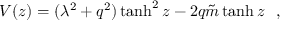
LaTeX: V ( z ) = ( \lambda ^ { 2 } + q ^ { 2 } ) \operatorname { t a n h } ^ { 2 } z - 2 q { \tilde { m } } \operatorname { t a n h } z ~ ~ ,